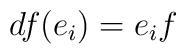
df(e_i) = e_i f